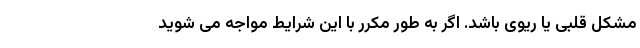
مشکل قلبی یا ریوی باشد. اگر به طور مکرر با این شرایط مواجه می شوید